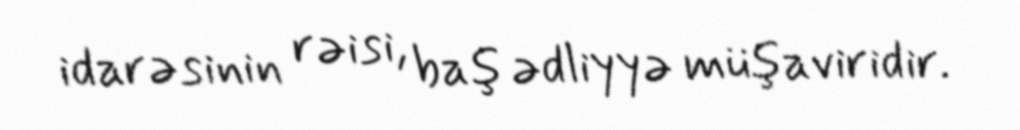
idarəsinin rəisi, baş ədliyyə müşaviridir.